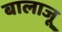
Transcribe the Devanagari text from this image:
बालाजू